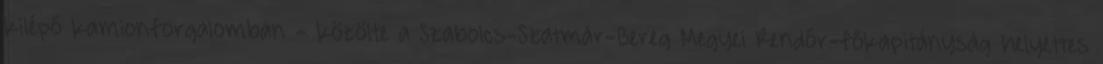
kilépő kamionforgalomban - közölte a Szabolcs-Szatmár-Bereg Megyei Rendőr-főkapitányság helyettes